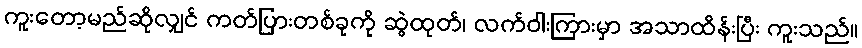
ကူးတော့မည်ဆိုလျှင် ကတ်ပြားတစ်ခုကို ဆွဲထုတ်၊ လက်ဝါးကြားမှာ အသာထိန်းပြီး ကူးသည်။